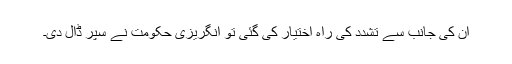
ان کی جانب سے تشدّد کی راہ اختیار کی گئی تو انگریزی حکومت نے سپر ڈال دی۔